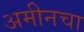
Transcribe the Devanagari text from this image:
अमीनचा